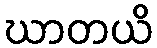
ဃာတယိ